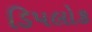
ડિપલોક